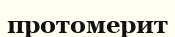
протомерит